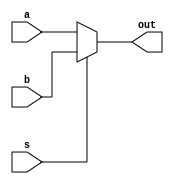
//NO ME GUSTA

module mux2_1_i2(output wire out, input wire a, b, s);
// mux con asignacin continua

assign out = s ? b : a; //oper. condicional de C, sintaxis [condicion ? valor_si_cierta : valor_si_falsa] 

endmodule